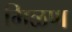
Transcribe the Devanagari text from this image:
मिळण